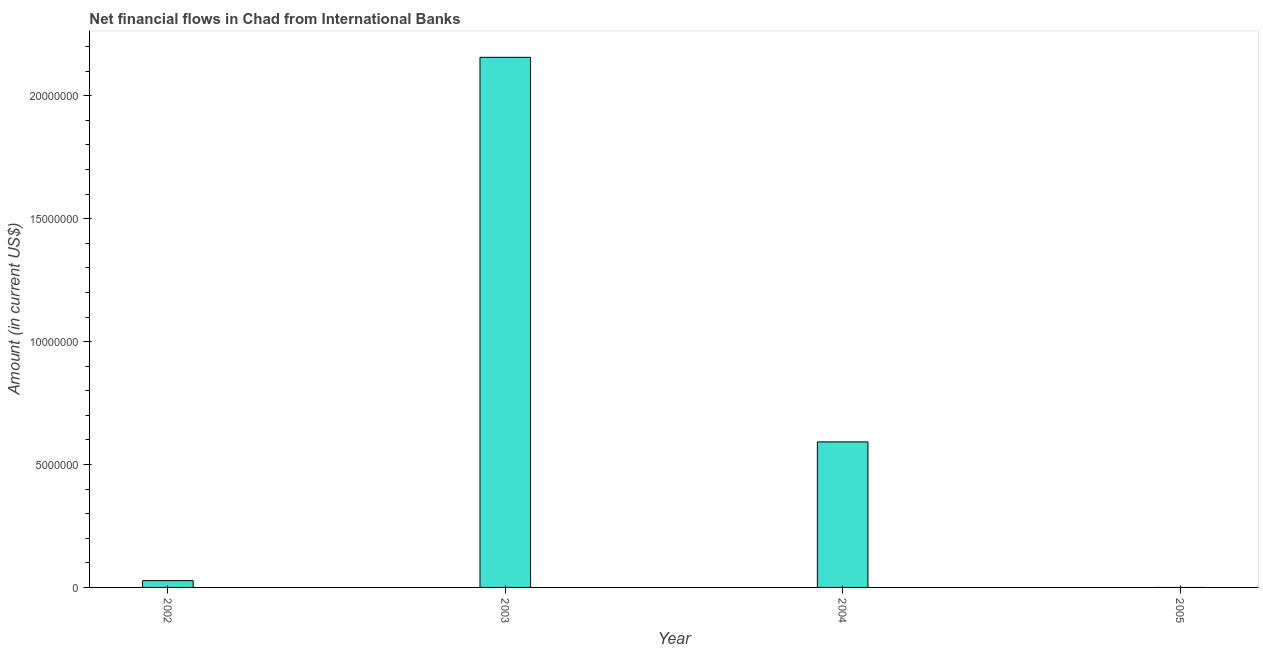
| Year | Net financial flows from IBRD |
 | --- | --- |
 | 2002 | 2.76e+05 |
 | 2003 | 2.16e+07 |
 | 2004 | 5.92e+06 |
 | 2005 | -1.8e+06 |